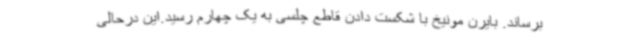
برساند. بایرن مونیخ با شکست دادن قاطع چلسی به یک چهارم رسید.این درحالی